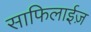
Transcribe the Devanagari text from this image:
साफिलाईज़